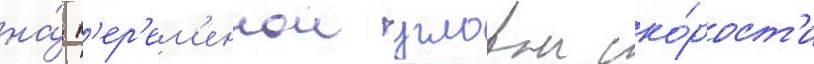
на́ п'ер'ем'еннои угловои ско́рост'и